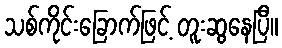
သစ်ကိုင်းခြောက်ဖြင့် တူးဆွနေပြီ။